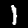
Label: 1